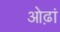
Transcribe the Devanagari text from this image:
ओढ़ां